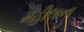
મહીલાના